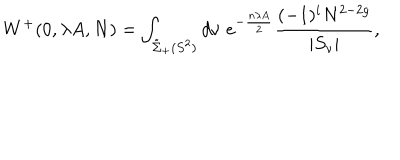
W ^ { + } ( 0 , \lambda A , N ) = \int _ { \tilde { \Sigma } _ { + } ( S ^ { 2 } ) } d \nu \; e ^ { - \frac { n \lambda A } { 2 } } \frac { ( - 1 ) ^ { i } N ^ { 2 - 2 g } } { | S _ { \nu } | } ,